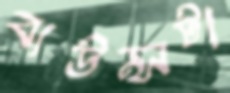
বাউন্সটা